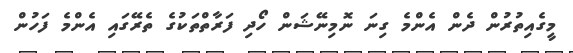
މީގެއިތުރުން ދެން އެންމެ ގިނަ ނޮމިނޭޝަން ހޯދި ފަރާތްތަކުގެ ތެރޭގައި އެންމެ ފަހުން